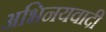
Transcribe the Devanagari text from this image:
अभिनयवादी